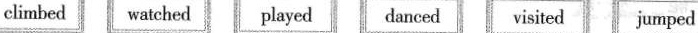
climbed watched played danced visited jumped